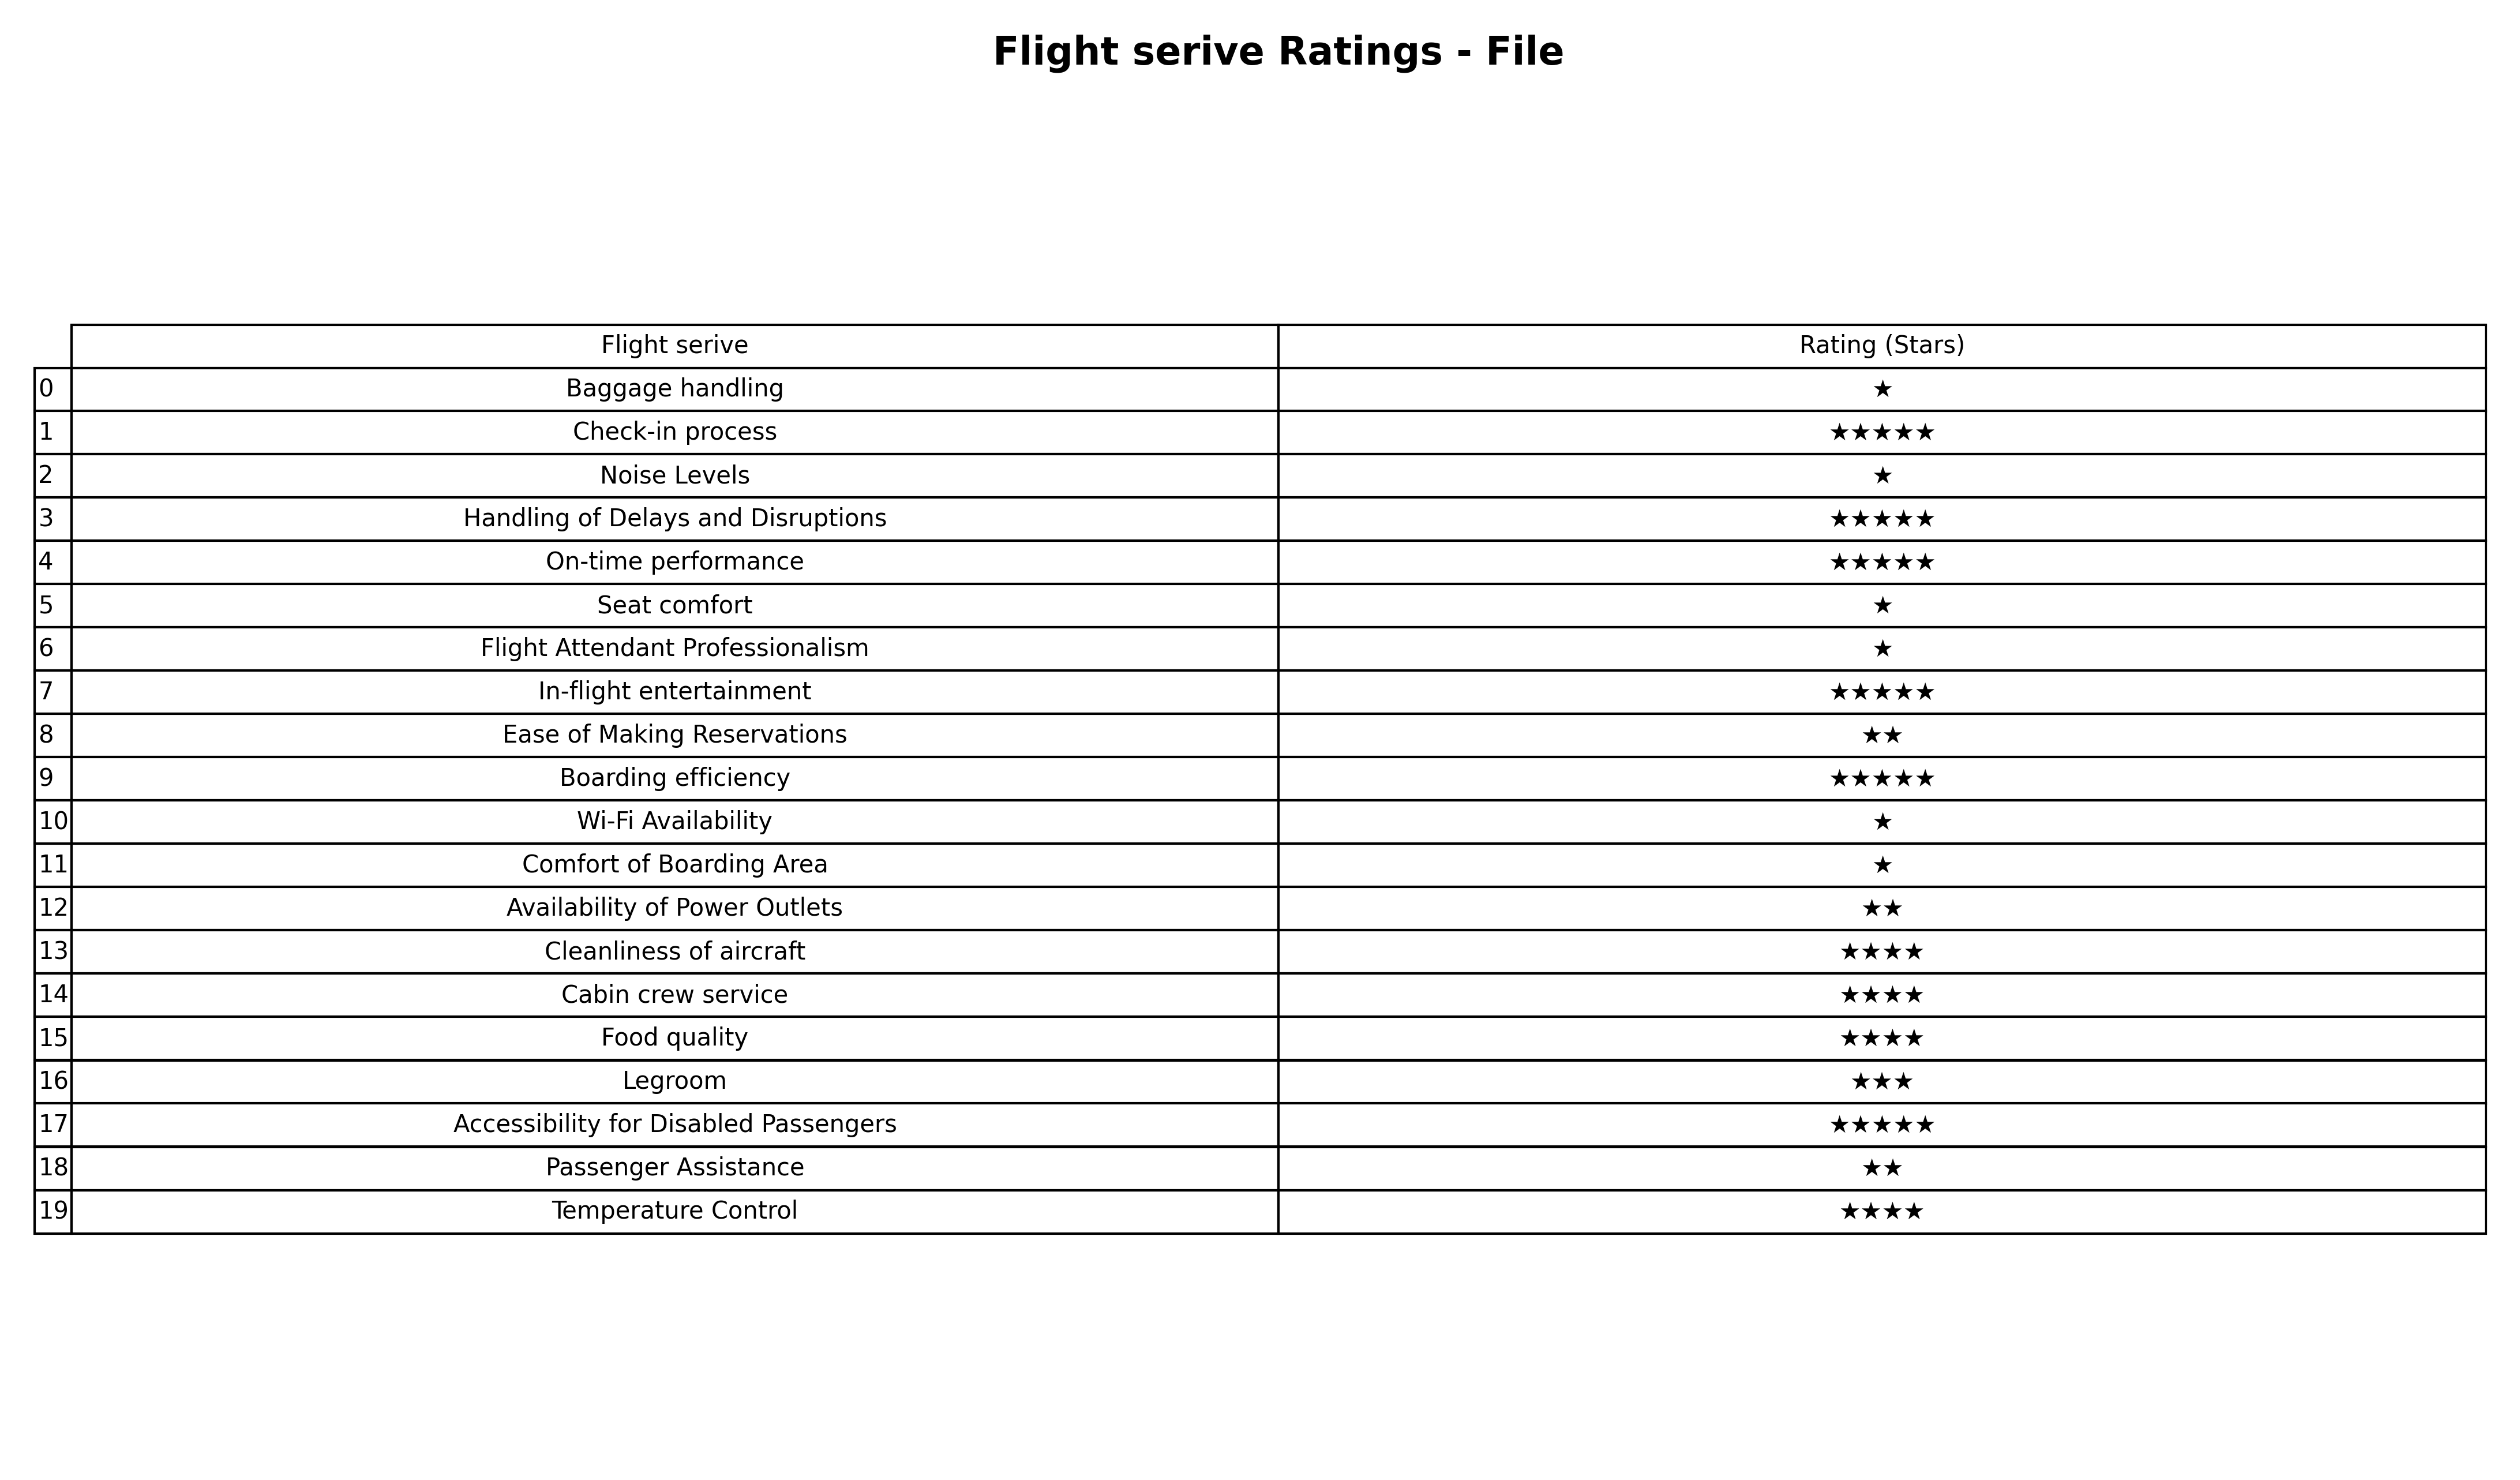
question: What is the rating of Seat comfort?
answer: ★